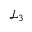
\mathcal { L } _ { 3 }